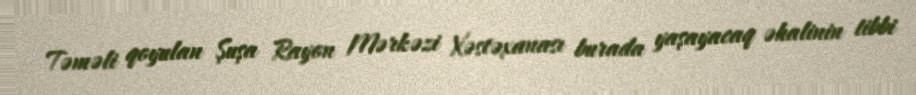
Təməli qoyulan Şuşa Rayon Mərkəzi Xəstəxanası burada yaşayacaq əhalinin tibbi